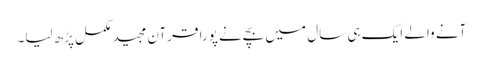
آنے والے ایک ہی سال میں بچےنے پورا قرآن مجید مکمل پڑھ لیا۔